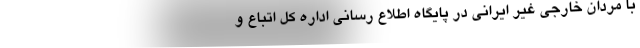
با مردان خارجی غیر ایرانی در پایگاه اطلاع رسانی اداره کل اتباع و